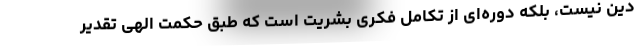
دین نیست، بلکه دوره‌ای از تکامل فکری بشریّت است که طبق حکمت الهی تقدیر